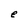
Character: e